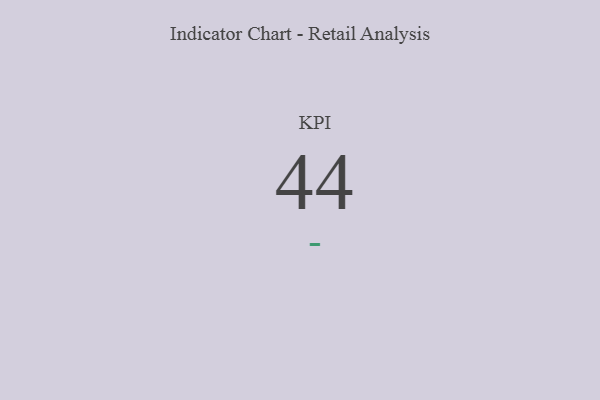
{"axis": {"x": "KPI", "y": "Value"}, "legend": [""], "data": [{"x": "KPI", "y": 44, "type": ""}]}